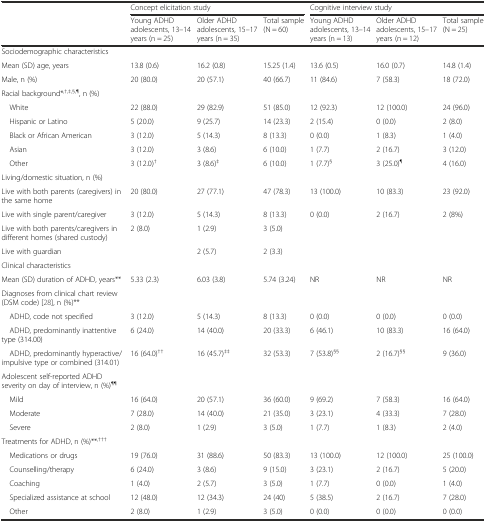
<table><thead><tr><td rowspan="2"></td><td colspan="3"><b>Concept elicitation study</b></td><td colspan="3"><b>Cognitive interview study</b></td></tr><tr><td><b>Young ADHD adolescents, 13–14 years (n = 25)</b></td><td><b>Older ADHD adolescents, 15–17 years (n = 35)</b></td><td><b>Total sample (N = 60)</b></td><td><b>Young ADHD adolescents, 13–14 years (n = 13)</b></td><td><b>Older ADHD adolescents, 15–17 years (n = 12)</b></td><td><b>Total sample (N = 25)</b></td></tr></thead><tbody><tr><td colspan="7">Sociodemographic characteristics</td></tr><tr><td>Mean (SD) age, years</td><td>13.8 (0.6)</td><td>16.2 (0.8)</td><td>15.25 (1.4)</td><td>13.6 (0.5)</td><td>16.0 (0.7)</td><td>14.8 (1.4)</td></tr><tr><td>Male, n (%)</td><td>20 (80.0)</td><td>20 (57.1)</td><td>40 (66.7)</td><td>11 (84.6)</td><td>7 (58.3)</td><td>18 (72.0)</td></tr><tr><td colspan="7">Racial background*<sup>,†,‡,§,¶</sup>, n (%)</td></tr><tr><td> White</td><td>22 (88.0)</td><td>29 (82.9)</td><td>51 (85.0)</td><td>12 (92.3)</td><td>12 (100.0)</td><td>24 (96.0)</td></tr><tr><td> Hispanic or Latino</td><td>5 (20.0)</td><td>9 (25.7)</td><td>14 (23.3)</td><td>2 (15.4)</td><td>0 (0.0)</td><td>2 (8.0)</td></tr><tr><td> Black or African American</td><td>3 (12.0)</td><td>5 (14.3)</td><td>8 (13.3)</td><td>0 (0.0)</td><td>1 (8.3)</td><td>1 (4.0)</td></tr><tr><td> Asian</td><td>3 (12.0)</td><td>3 (8.6)</td><td>6 (10.0)</td><td>1 (7.7)</td><td>2 (16.7)</td><td>3 (12.0)</td></tr><tr><td> Other</td><td>3 (12.0)<sup>†</sup></td><td>3 (8.6)<sup>‡</sup></td><td>6 (10.0)</td><td>1 (7.7)<sup>§</sup></td><td>3 (25.0)<sup>¶</sup></td><td>4 (16.0)</td></tr><tr><td colspan="7">Living/domestic situation, n (%)</td></tr><tr><td>Live with both parents (caregivers) in the same home</td><td>20 (80.0)</td><td>27 (77.1)</td><td>47 (78.3)</td><td>13 (100.0)</td><td>10 (83.3)</td><td>23 (92.0)</td></tr><tr><td>Live with single parent/caregiver</td><td>3 (12.0)</td><td>5 (14.3)</td><td>8 (13.3)</td><td>0 (0.0)</td><td>2 (16.7)</td><td>2 (8%)</td></tr><tr><td>Live with both parents/caregivers in different homes (shared custody)</td><td>2 (8.0)</td><td>1 (2.9)</td><td>3 (5.0)</td><td></td><td></td><td></td></tr><tr><td>Live with guardian</td><td></td><td>2 (5.7)</td><td>2 (3.3)</td><td></td><td></td><td></td></tr><tr><td colspan="7">Clinical characteristics</td></tr><tr><td>Mean (SD) duration of ADHD, years**</td><td>5.33 (2.3)</td><td>6.03 (3.8)</td><td>5.74 (3.24)</td><td>NR</td><td>NR</td><td>NR</td></tr><tr><td>Diagnoses from clinical chart review (DSM code) [28], n (%)**</td><td></td><td></td><td></td><td></td><td></td><td></td></tr><tr><td> ADHD, code not specified</td><td>3 (12.0)</td><td>5 (14.3)</td><td>8 (13.3)</td><td>0 (0.0)</td><td>0 (0.0)</td><td>0 (0.0)</td></tr><tr><td> ADHD, predominantly inattentive type (314.00)</td><td>6 (24.0)</td><td>14 (40.0)</td><td>20 (33.3)</td><td>6 (46.1)</td><td>10 (83.3)</td><td>16 (64.0)</td></tr><tr><td> ADHD, predominantly hyperactive/impulsive type or combined (314.01)</td><td>16 (64.0)<sup>††</sup></td><td>16 (45.7)<sup>‡‡</sup></td><td>32 (53.3)</td><td>7 (53.8)<sup>§§</sup></td><td>2 (16.7)<sup>§§</sup></td><td>9 (36.0)</td></tr><tr><td>Adolescent self-reported ADHD severity on day of interview, n (%)<sup>¶¶</sup></td><td></td><td></td><td></td><td></td><td></td><td></td></tr><tr><td> Mild</td><td>16 (64.0)</td><td>20 (57.1)</td><td>36 (60.0)</td><td>9 (69.2)</td><td>7 (58.3)</td><td>16 (64.0)</td></tr><tr><td> Moderate</td><td>7 (28.0)</td><td>14 (40.0)</td><td>21 (35.0)</td><td>3 (23.1)</td><td>4 (33.3)</td><td>7 (28.0)</td></tr><tr><td> Severe</td><td>2 (8.0)</td><td>1 (2.9)</td><td>3 (5.0)</td><td>1 (7.7)</td><td>1 (8.3)</td><td>2 (4.0)</td></tr><tr><td>Treatments for ADHD, n (%)**<sup>,†††</sup></td><td></td><td></td><td></td><td></td><td></td><td></td></tr><tr><td> Medications or drugs</td><td>19 (76.0)</td><td>31 (88.6)</td><td>50 (83.3)</td><td>13 (100.0)</td><td>12 (100.0)</td><td>25 (100.0)</td></tr><tr><td> Counselling/therapy</td><td>6 (24.0)</td><td>3 (8.6)</td><td>9 (15.0)</td><td>3 (23.1)</td><td>2 (16.7)</td><td>5 (20.0)</td></tr><tr><td> Coaching</td><td>1 (4.0)</td><td>2 (5.7)</td><td>3 (5.0)</td><td>1 (7.7)</td><td>0 (0.0)</td><td>1 (4.0)</td></tr><tr><td> Specialized assistance at school</td><td>12 (48.0)</td><td>12 (34.3)</td><td>24 (40)</td><td>5 (38.5)</td><td>2 (16.7)</td><td>7 (28.0)</td></tr><tr><td> Other</td><td>2 (8.0)</td><td>1 (2.9)</td><td>3 (5.0)</td><td>0 (0.0)</td><td>0 (0.0)</td><td>0 (0.0)</td></tr></tbody></table>